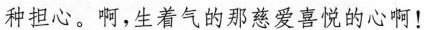
种担心。啊,生着气的那慈爱喜悦的心啊!